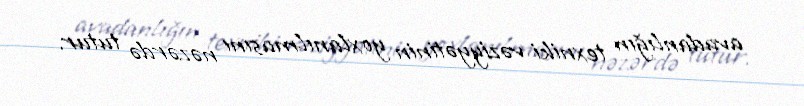
avadanlığın texniki vəziyyətinin yoxlanılmasını nəzərdə tutur.